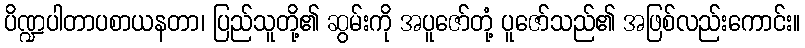
ပိဏ္ဍပါတာပစာယနတာ၊ ပြည်သူတို့၏ ဆွမ်းကို အပူဇော်တုံ့ ပူဇော်သည်၏ အဖြစ်လည်းကောင်း။